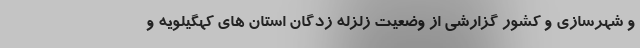
و شهرسازی و کشور گزارشی از وضعیت زلزله زدگان استان های کهگیلویه و